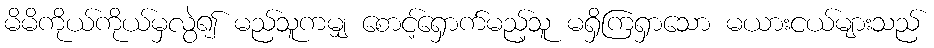
မိမိကိုယ်ကိုယ်မှလွဲ၍ မည်သူကမျှ စောင့်ရှောက်မည့်သူ မရှိကြရှာသော မယားငယ်များသည်